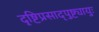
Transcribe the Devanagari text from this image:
दृष्टिप्रसाद्पुष्ट्यायुः